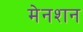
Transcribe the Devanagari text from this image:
मेनशन